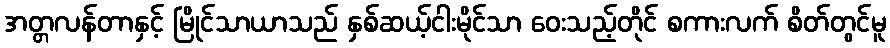
အတ္တလန်တာနှင့် မြိုင်သာယာသည် နှစ်ဆယ့်ငါးမိုင်သာ ဝေးသည့်တိုင် စကားလက် စိတ်တွင်မူ